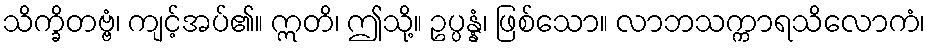
သိက္ခိတဗ္ဗံ၊ ကျင့်အပ်၏။ ဣတိ၊ ဤသို့။ ဥပ္ပန္နံ၊ ဖြစ်သော။ လာဘသက္ကာရသိလောကံ၊